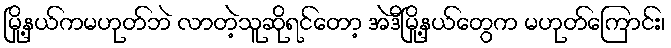
မြို့နယ်ကမဟုတ်ဘဲ လာတဲ့သူဆိုရင်တော့ အဲဒီမြို့နယ်တွေက မဟုတ်ကြောင်း၊